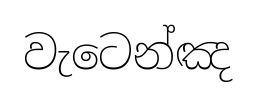
වැටෙන්ඤ